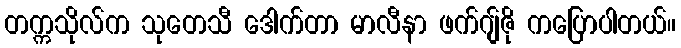
တက္ကသိုလ်က သုတေသီ ဒေါက်တာ မာလီနာ ဖက်ဂျ်ဇို ကပြောပါတယ်။